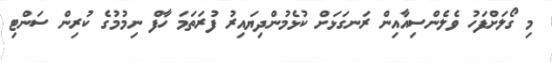
މި ގޯލަށްފަހު ވެލެންސިއާއިން ރަނގަޅަށް ކުޅެމުންދިޔައިރު ފުރަތަމަ ހާފް ނިމުމުގެ ކުރިން ސަންޓި